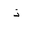
Letter: _thal